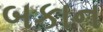
બકાન